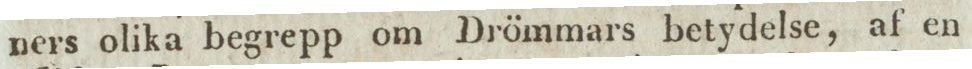
ners olika begrepp om Drömmars betydelse, af en